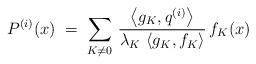
LaTeX: \begin{align*} P^{(i)}(x) \;=\; \sum_{K\ne 0} \, \frac{\left<g_K,q^{(i)} \right>}{\lambda_K \, \left< g_K, f_K \right>} \, f_K(x)\end{align*}